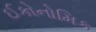
ઈકોનોમિક